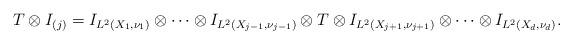
LaTeX: \begin{align*}T\otimes I_{(j)}=I_{L^2(X_1,\nu_1)}\otimes \cdots \otimes I_{L^2(X_{j-1},\nu_{j-1})}\otimes T\otimes I_{L^2(X_{j+1},\nu_{j+1})} \otimes \cdots \otimes I_{L^2(X_d,\nu_d)}.\end{align*}